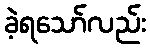
ခဲ့ရသော်လည်း